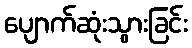
ပျောက်ဆုံးသွားခြင်း